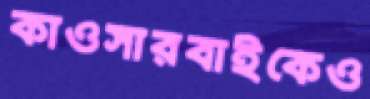
কাওসারবাইকেও